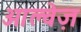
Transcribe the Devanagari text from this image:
आल्वेज़